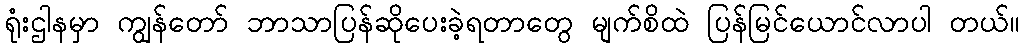
ရုံးဌါနမှာ ကျွန်တော် ဘာသာပြန်ဆိုပေးခဲ့ရတာတွေ မျက်စိထဲ ပြန်မြင်ယောင်လာပါ တယ်။